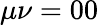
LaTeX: \mu\nu=00